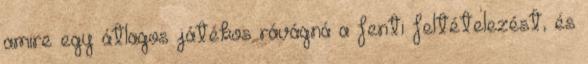
amire egy átlagos játékos rávágná a fenti feltételezést, és